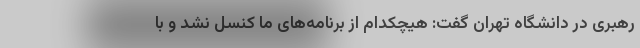
رهبری در دانشگاه تهران گفت: هیچکدام از برنامه‌های ما کنسل نشد و با